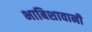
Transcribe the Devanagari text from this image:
भाबिशावानी